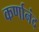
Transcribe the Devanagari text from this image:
कर्णानंद